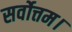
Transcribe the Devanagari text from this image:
सर्वोत्तम।